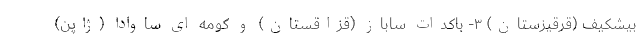
بیشکیف (قرقیزستان) ۳- باکدات ساباز (قزاقستان) و کومه ای ساوادا (ژاپن)